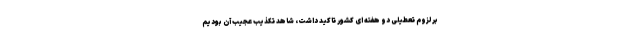
بر لزوم تعطیلی دو هفته ای کشور تاکید داشت، شاهد تکذیب عجیب آن بودیم